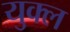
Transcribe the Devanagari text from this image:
युक्ल